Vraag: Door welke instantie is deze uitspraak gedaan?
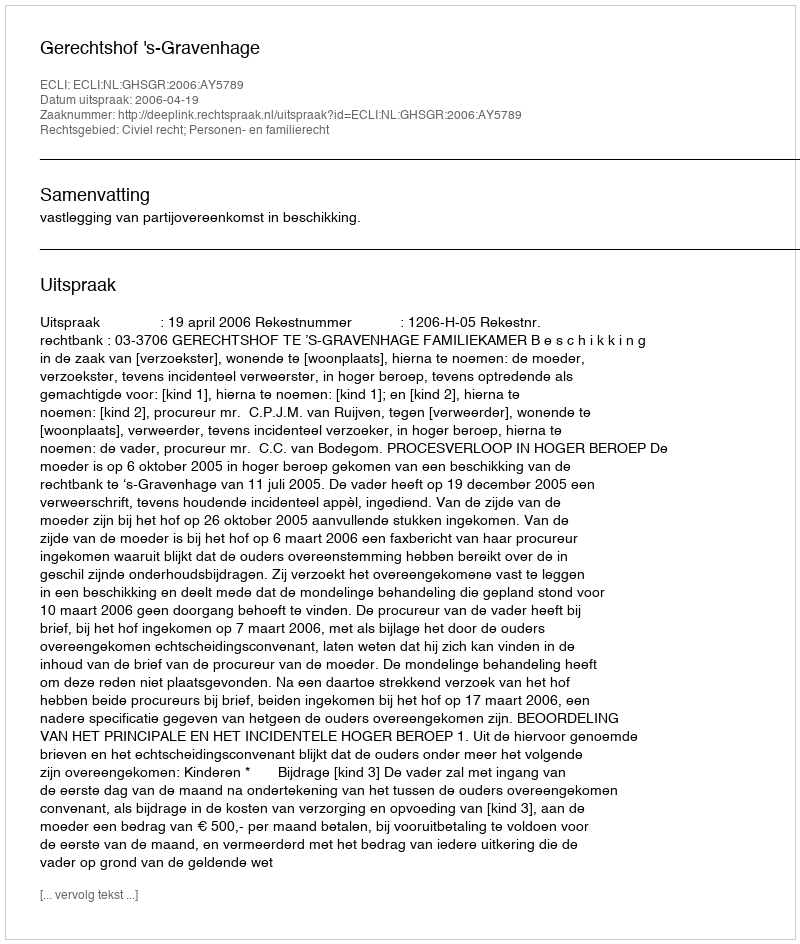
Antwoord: Gerechtshof 's-Gravenhage